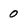
Character: 0